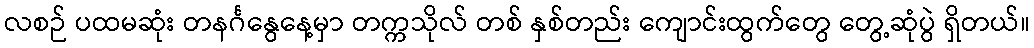
လစဉ် ပထမဆုံး တနင်္ဂနွေနေ့မှာ တက္ကသိုလ် တစ် နှစ်တည်း ကျောင်းထွက်တွေ တွေ့ဆုံပွဲ ရှိတယ်။